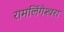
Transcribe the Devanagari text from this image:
रामलिंगेश्‍वरा